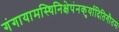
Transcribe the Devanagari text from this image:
गंगायामस्थिनिक्षेपंनकुर्यादितिगौतमः